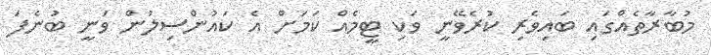
މުބާރާތެއްގައި ބައިވެރި ކުރެވޭނީ ވަކި ޓީމެއް ކަމަށް އެ ކައުންސިލުން ވަނީ ބުނެފަ